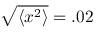
\sqrt { \langle x ^ { 2 } \rangle } = . 0 2